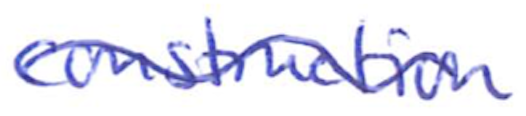
Text: construction
Cross-out: wave
Writing tool: ballpoint